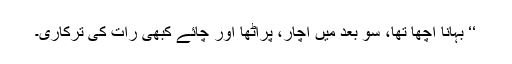
‘‘ بہانا اچھا تھا، سو بعد میں اچار، پراٹھا اور چائے کبھی رات کی ترکاری۔